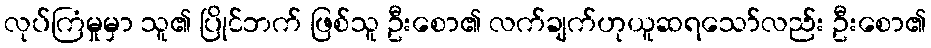
လုပ်ကြံမှုမှာ သူ၏ ပြိုင်ဘက် ဖြစ်သူ ဦးစော၏ လက်ချက်ဟုယူဆရသော်လည်း ဦးစော၏